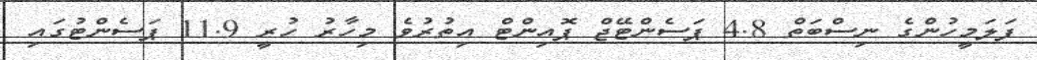
ފަލަމީހުންގެ ނިސްބަތް 4.8 ޕަސެންޓޭޖް ޕޮއިންޓް އިތުރުވެ މިހާރު ހުރީ 11.9 ޕަސެންޓުގައި